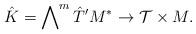
LaTeX: \begin{align*} \hat{K} =\bigwedge\nolimits^m\hat{T}'M^* \to \mathcal{T}\times M.\end{align*}